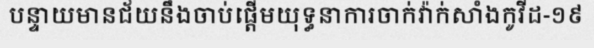
បន្ទាយមានជ័យនឹងចាប់ផ្តើមយុទ្ធនាការចាក់វ៉ាក់សាំងកូវីដ-១៩